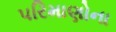
પરિમાણોના